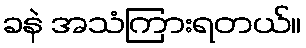
ခနဲ အသံကြားရတယ်။